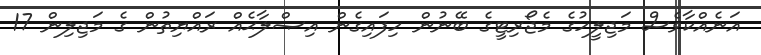
އަނެއްކާވެސް މަޖިލީހުގެ މެޖޯރިޓީގެ ބޭނުން ހިފައިގެން އިޞްލާޙެއް ރައްޔިތުން ގެ މަޖިލިން 17